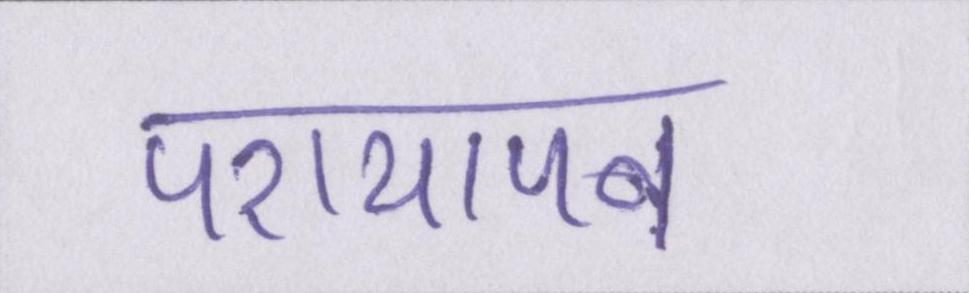
परायापन